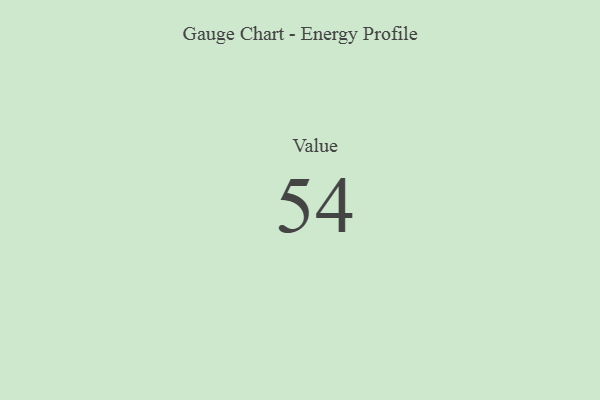
{"axis": {"x": "Metric", "y": "Value"}, "legend": [""], "data": [{"x": "Value", "y": 54, "type": ""}]}